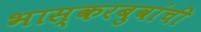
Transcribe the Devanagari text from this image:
भास्करबुवांची